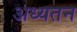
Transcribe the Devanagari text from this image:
अध्यतन